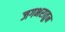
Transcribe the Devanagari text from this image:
जगभरातुन